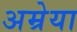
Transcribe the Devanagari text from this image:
अम्रेया